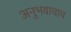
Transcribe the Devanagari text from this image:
अनुभवाचाच